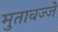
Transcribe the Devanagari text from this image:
मुतावज्जे